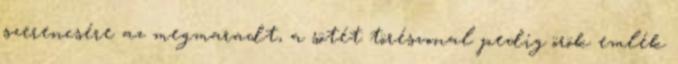
szerencsére az megmaradt, a sötét törésvonal pedig örök emlék